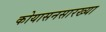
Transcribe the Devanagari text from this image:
कोयासनसारख्या